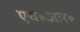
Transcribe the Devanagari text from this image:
एच॰आर॰